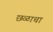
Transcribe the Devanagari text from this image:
छळाचा